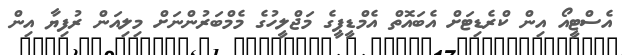
އެސްޓީއޯ އިން ކްރެޑިޓަށް އެބައޮތް އެމްޑީޕީގެ މަޖްލީހުގެ މެމްބަރުންނަށް މިލިއަން ރުފިޔާ އިން